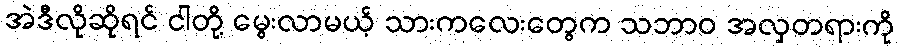
အဲဒီလိုဆိုရင် ငါတို့ မွေးလာမယ့် သားကလေးတွေက သဘာဝ အလှတရားကို